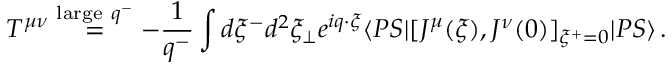
T ^ { \mu \nu } \stackrel { \mathrm { l a r g e } ~ q ^ { - } } { = } - { \frac { 1 } { q ^ { - } } } \int d \xi ^ { - } d ^ { 2 } \xi _ { \bot } e ^ { i q \cdot \xi } \langle P S | [ J ^ { \mu } ( \xi ) , J ^ { \nu } ( 0 ) ] _ { \xi ^ { + } = 0 } | P S \rangle \, .